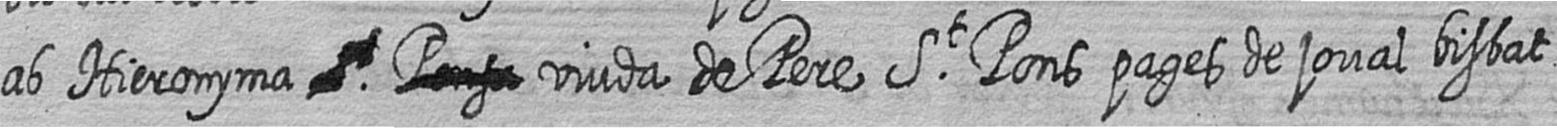
ab Hieronyma # # viuda de Pere St Pons pages de joval bisbat